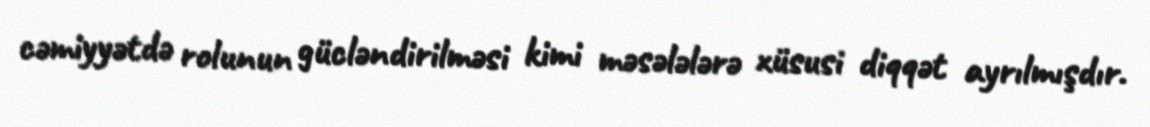
cəmiyyətdə rolunun gücləndirilməsi kimi məsələlərə xüsusi diqqət ayrılmışdır.